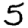
Digit: 5